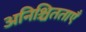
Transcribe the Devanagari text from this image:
अनिश्चितताएँ